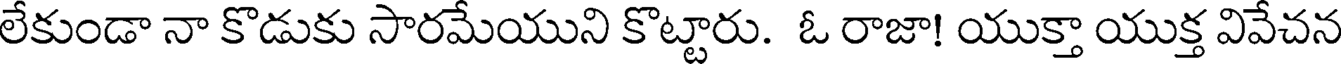
లేకుండా నా కొడుకు సారమేయుని కొట్టారు. ఓ రాజా! యుక్తా యుక్త వివేచన